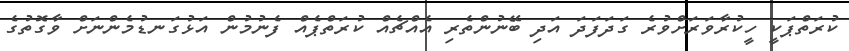
ކުރަތްޕަކީ ހީކުރާވަރަށްވުރެ ގަދަފަދަ އަދި ބޭނުންތެރި އެއްޗެއް ކުރަތްޕެއް ފެނުމުން އަޅުގަނޑުމެންނަށް ވާގޮތުގެ